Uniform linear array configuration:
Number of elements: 4
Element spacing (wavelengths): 0.25
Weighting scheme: hann
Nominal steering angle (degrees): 45
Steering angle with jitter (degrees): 45.67
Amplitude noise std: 0.05
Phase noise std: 0.05

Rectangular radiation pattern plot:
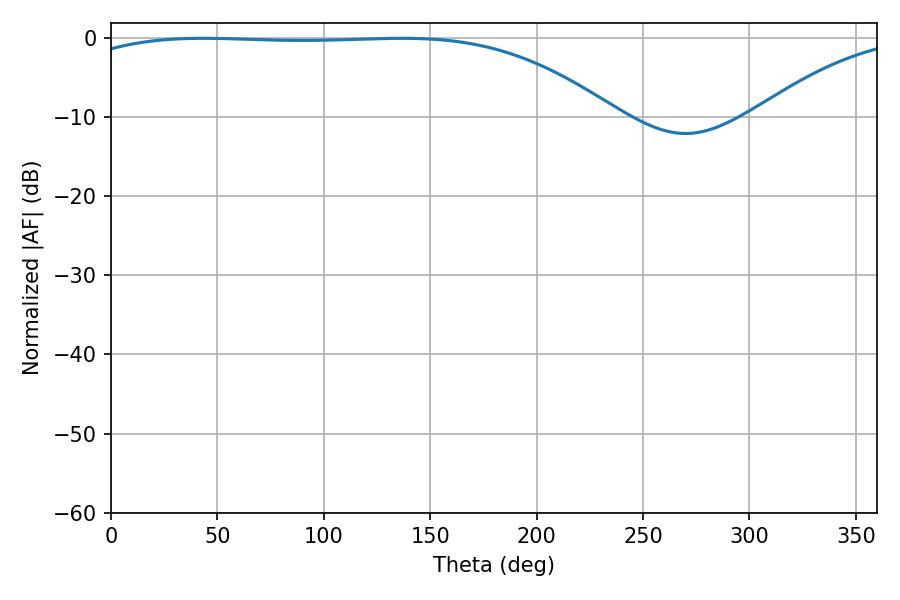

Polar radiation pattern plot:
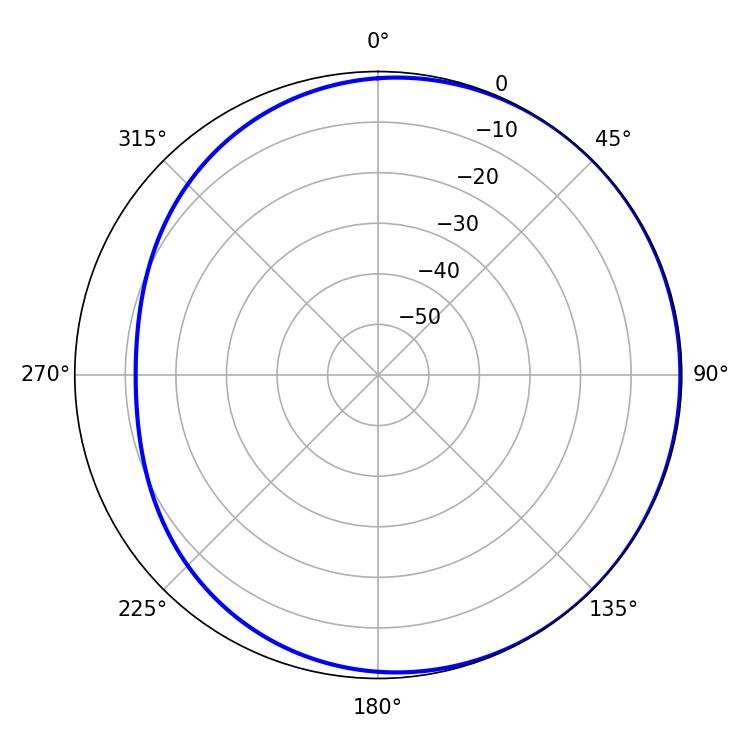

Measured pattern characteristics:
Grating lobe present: FALSE
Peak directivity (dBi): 1.068
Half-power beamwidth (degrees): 198.36
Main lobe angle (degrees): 43.38